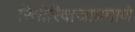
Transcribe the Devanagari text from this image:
रितीरिवाजाप्रमाणे